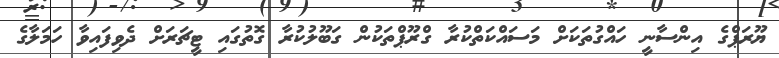
ޔޫރަޕްގެ އިންސާނީ ހައްގުތަކަށް މަސައްކަތްކުރާ ގްރޫޕްތަކުން ގަބޫލުކުރާ ގޮތުގައި ޓީޗަރަށް ދެވިފައިވާ ހަމަލާގެ